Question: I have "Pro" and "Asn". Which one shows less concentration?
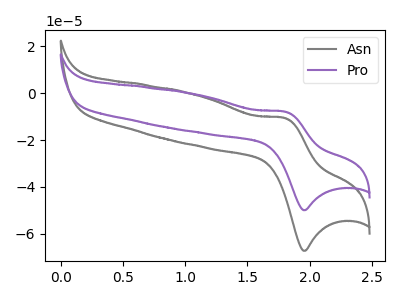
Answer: <think>The gray curve "Asn" has an anodic peak at (1.80V, -10.65uA) and a cathodic peak at (1.95V, -67.35uA). The purple curve "Pro" has an anodic peak at (1.80V, -7.90uA) and a cathodic peak at (1.95V, -49.95uA).
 All the peaks in "Pro" have a peak in "Asn" at the same potential.</think>
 <answer>I cant tell if "Pro" or "Asn" has higher concentration.</answer>
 <eval>mixed_concentration</eval>